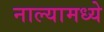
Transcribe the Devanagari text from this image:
नाल्यामध्ये